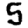
Digit: 5